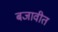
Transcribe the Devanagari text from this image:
बजावीत